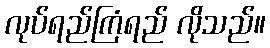
လုပ်ရည်ကြံရည် လိုသည်။